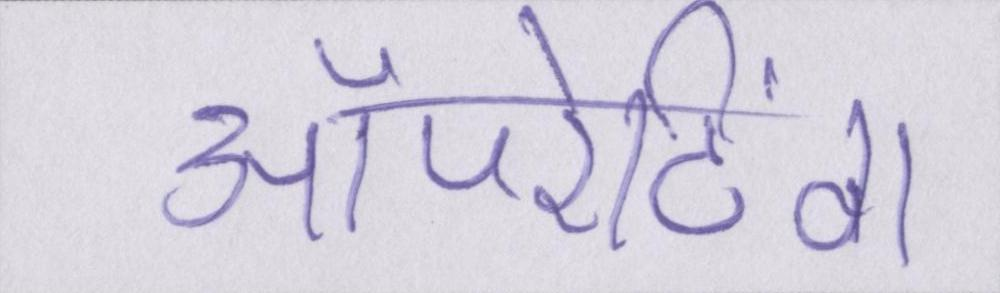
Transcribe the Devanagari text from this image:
ऑपरेटिंग